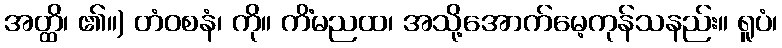
အတ္ထိ၊ ၏။) တံဝစနံ၊ ကို။ ကိံမညထ၊ အသို့အောက်မေ့ကုန်သနည်း။ ရူပံ၊